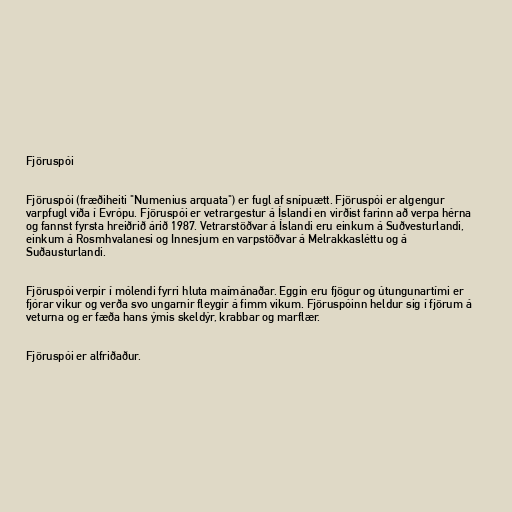
Fjöruspói

Fjöruspói (fræðiheiti "Numenius arquata") er fugl af snípuætt. Fjöruspói er algengur
varpfugl víða í Evrópu. Fjöruspói er vetrargestur á Íslandi en virðist farinn að verpa hérna
og fannst fyrsta hreiðrið árið 1987. Vetrarstöðvar á Íslandi eru einkum á Suðvesturlandi,
einkum á Rosmhvalanesi og Innesjum en varpstöðvar á Melrakkasléttu og á
Suðausturlandi.

Fjöruspói verpir í mólendi fyrri hluta maímánaðar. Eggin eru fjögur og útungunartími er
fjórar vikur og verða svo ungarnir fleygir á fimm vikum. Fjöruspóinn heldur sig í fjörum á
veturna og er fæða hans ýmis skeldýr, krabbar og marflær.

Fjöruspói er alfriðaður.